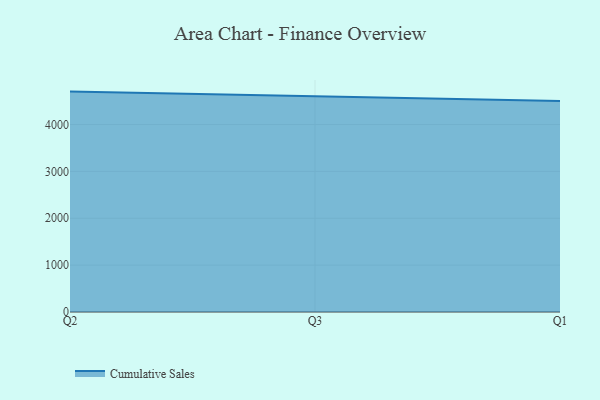
{"axis": {"x": "Quarter", "y": "Energy Usage (MWh)"}, "legend": ["Cumulative Sales"], "data": [{"x": "Q2", "y": 4703.0, "type": "Cumulative Sales"}, {"x": "Q3", "y": 4609.7, "type": "Cumulative Sales"}, {"x": "Q1", "y": 4503.5, "type": "Cumulative Sales"}]}